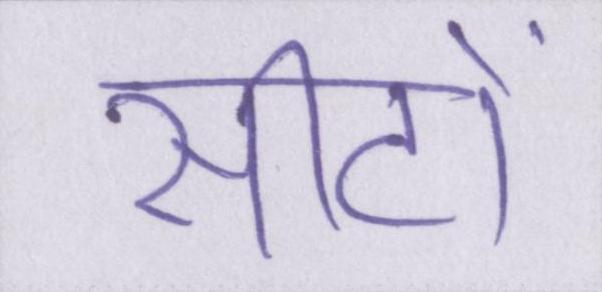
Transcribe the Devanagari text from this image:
सीटों